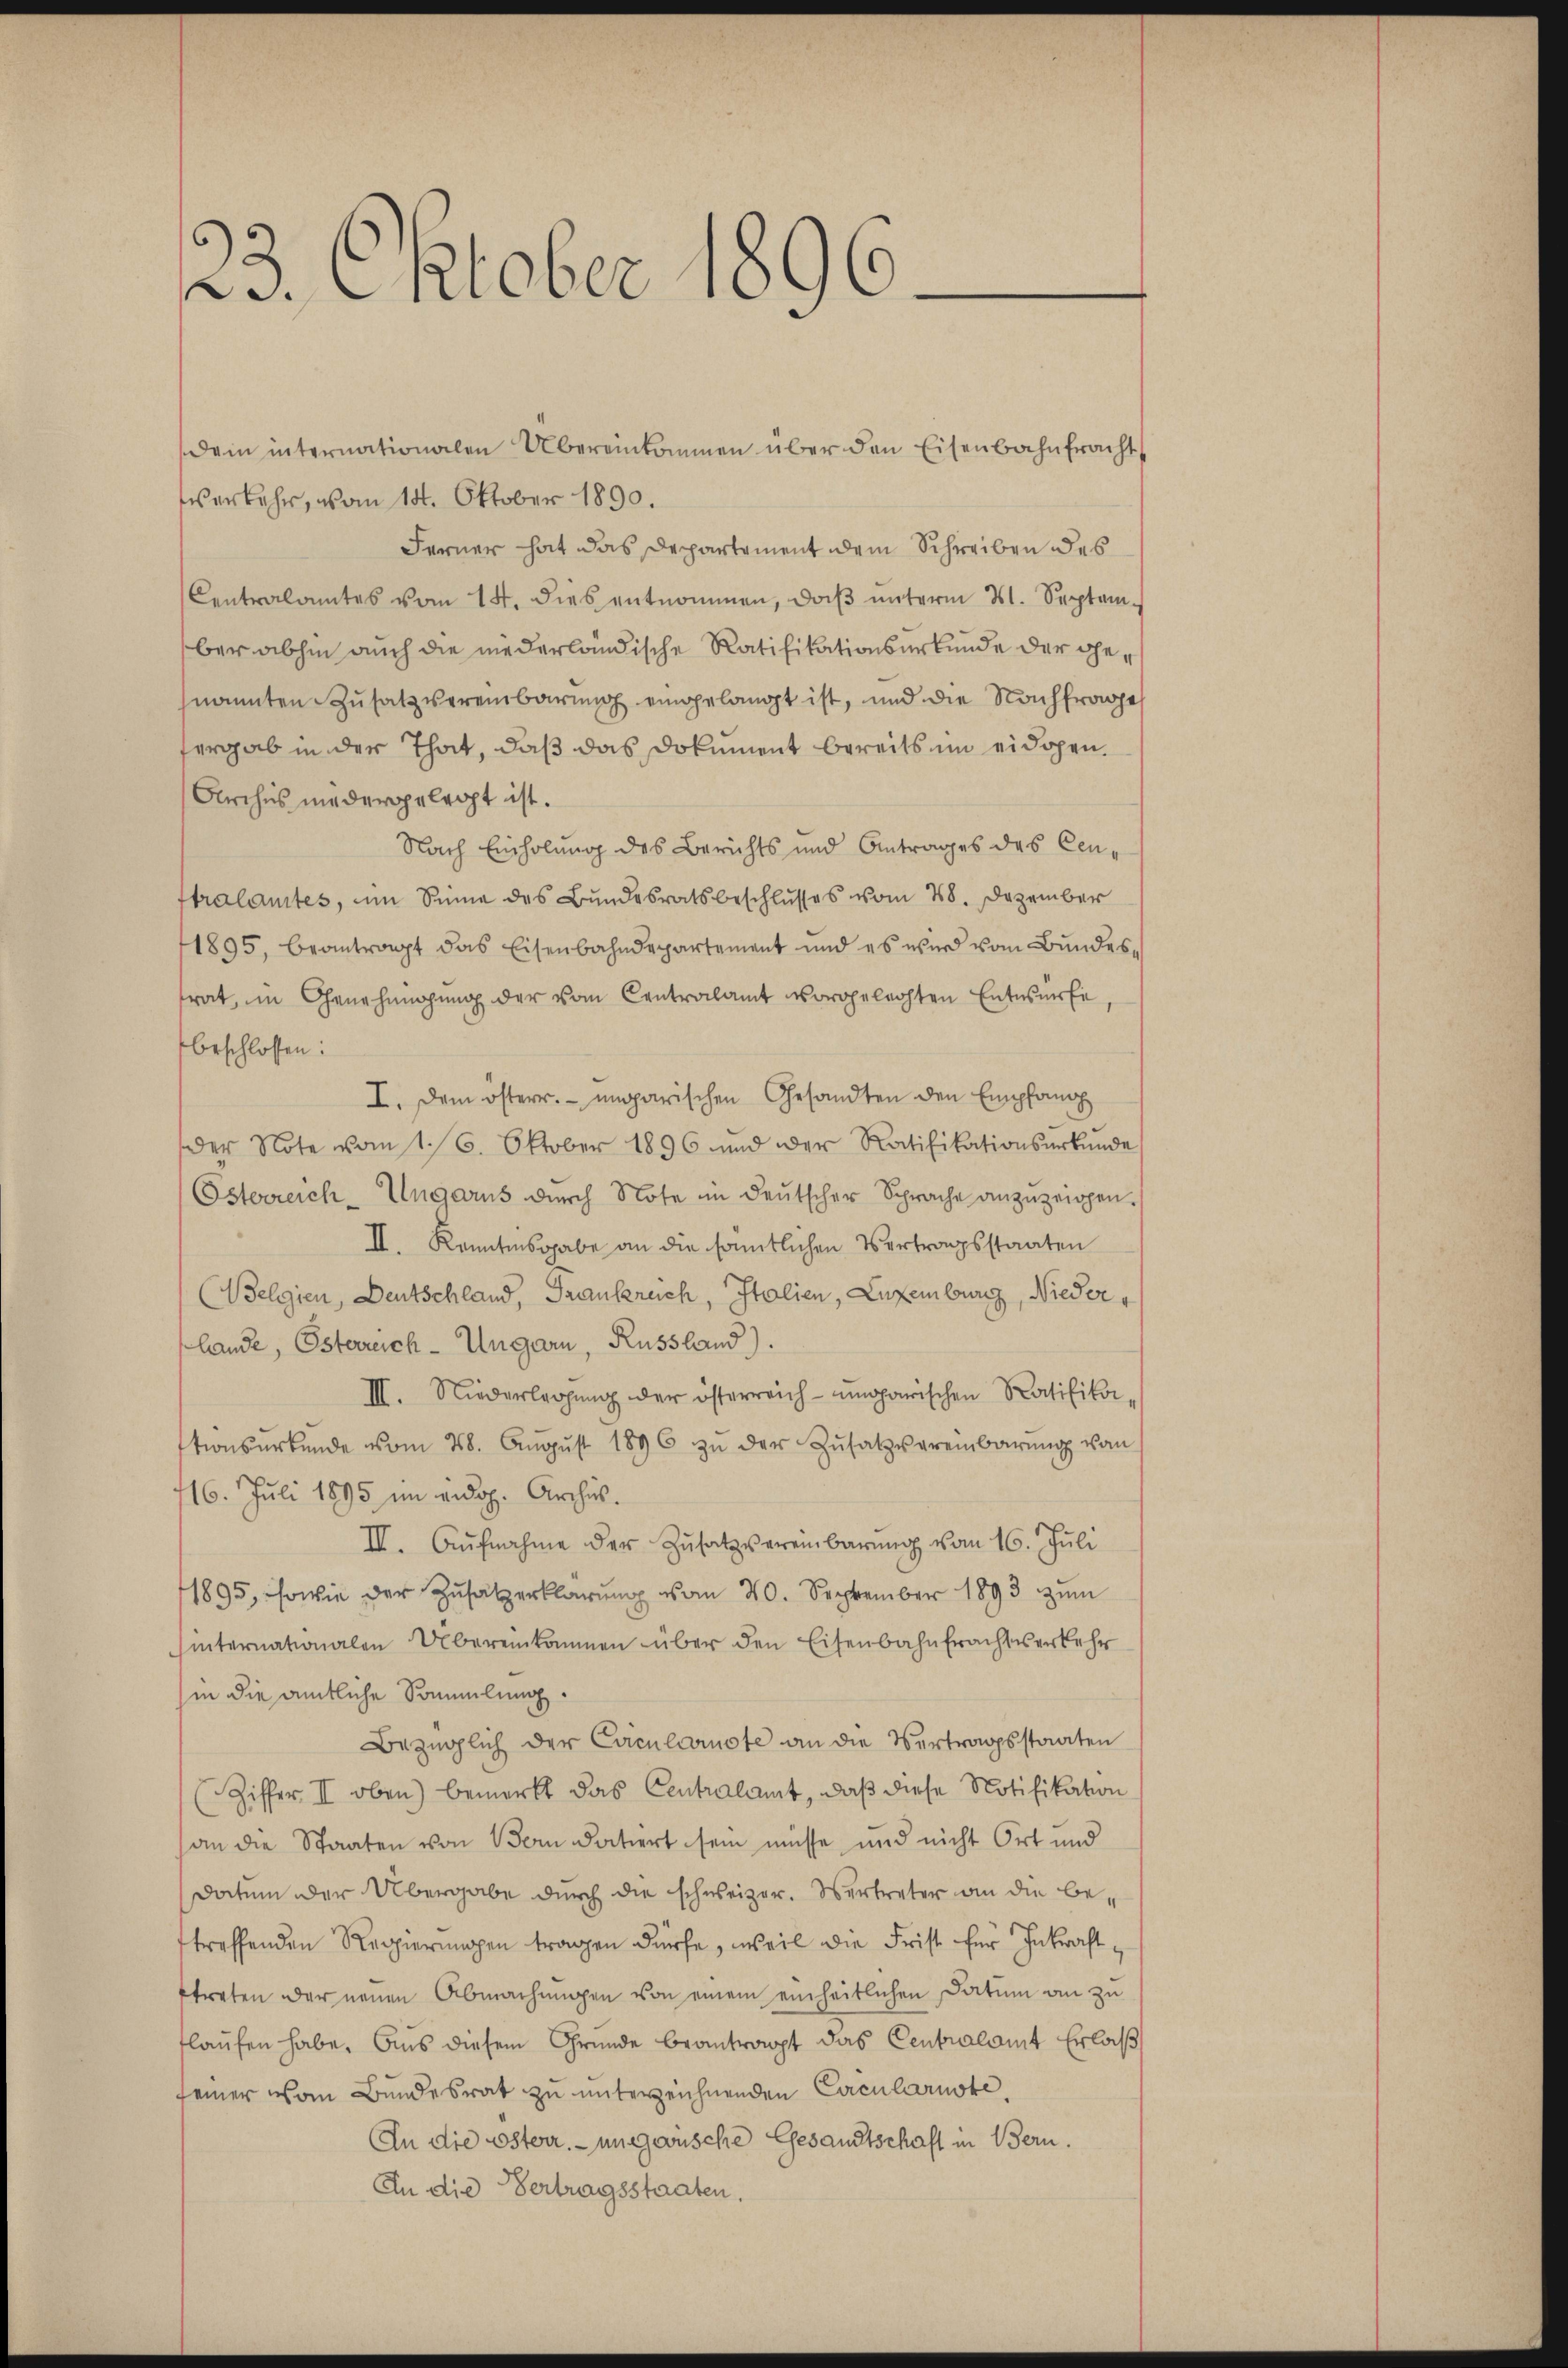
23. Oktober 1096

dem internationalen Übereinkommen über den Eisenbahnfracht
Werkehr, vom 14. Oktober 1890.
Ferner hat das Departement dem Schreiben des
Centralamtes vom 14. dies entnommen, daß unterm 21. Septem
ber abhin auch die niederländische Ratifikationsurkunde der genannten Zusatz vereinbarung eingelangt ist, und die Nachfrage
fergab in der That, daß das Dokument bereits im eidgen.
Archis niedergelegt ist.
Nach Einholung des Berichts und Antrages des Centralamtes, um Sinne des Bundesratsbeschlusses vom 28. Dezember
1895, beantragt das Eisenbahndepartement und es wird vom Bundes,
trat, in Genehmigung der vom Contralamt vorgelechten Entwurfe
beschlossen:
I. Dem österr. ungarischen Gesandten den Empfang
der Note vom 1. 16. Oktober 1896 und der Ratifikationsurkunde
Esterreich-Ungarus durch Note in deutscher Sprache anzuzeigen.
II. Kenntnisgabe an die sämmtlichen Vertragsstaaten
(Belgien, Deutschland, Frankreich, Italien, Luxenburg, Nieder
lande, Osterreich-Ungarn, Russland).
III. Niederlegung der österreich-ungarischen Ratifikationsurkunde vom 28. Aŭgŭst 1896 zŭ der Zŭsatzvereinbarŭng vom
116. Juli 1895 im eidg. Archis.
II. Aŭfnahme der Zŭsatz vereinbarŭng vom 16. Jŭli
1895, sowie der Zŭsatzerklärung vom 20. September 1893 zum
hinternationalen Übereinkommen über den Eisenbahnfrachtverkehr
in die amtliche Sammlung.
Bezüglich der Cocularuste an die Vertragsstaaten
(Ziffer II oben) bemerkt das Centralamt, daß diese Notifikation
an die Staaten von Bern datiert sein müsse und nicht Ort und
Datum der Übergabe durch die schweizer. Vertreter an die betreffenden Regierungen tragen dürfe, weil die Frist für Inkraftftreten der neuen Abmachungen von einem einheitlichen Datum an zu
flaufen habe. Aus diesem Gründe beantracht das Centralamt Erlaß
seiner vom Bundesrat zu unterzeichnenden Cacularuste,
An die österr. ungewische Gesandtschaft in Bern.
An die Vertragsstaaten.